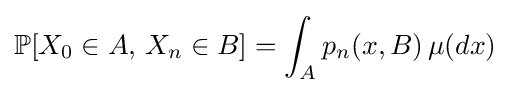
\mathbb {P} [X_{0}\in A,\,X_{n}\in B]=\int _{A}p_{n}(x,B)\,\mu (dx)